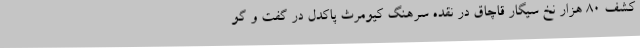
کشف 80 هزار نخ سیگار قاچاق در نقده سرهنگ کیومرث پاکدل در گفت و گو